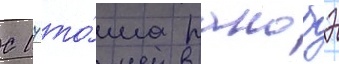
С 17 то́ма ранобэ